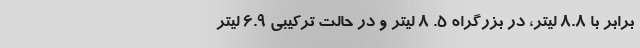
برابر با 8.8 لیتر، در بزرگراه 5. 8 لیتر و در حالت ترکیبی 6.9 لیتر